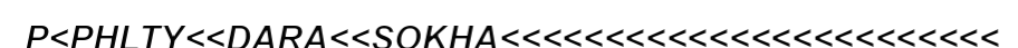
P<PHLTY<<DARA<<SOKHA<<<<<<<<<<<<<<<<<<<<<<<<